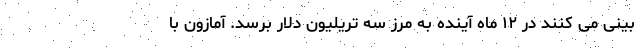
بینی می کنند در ۱۲ ماه آینده به مرز سه تریلیون دلار برسد. آمازون با